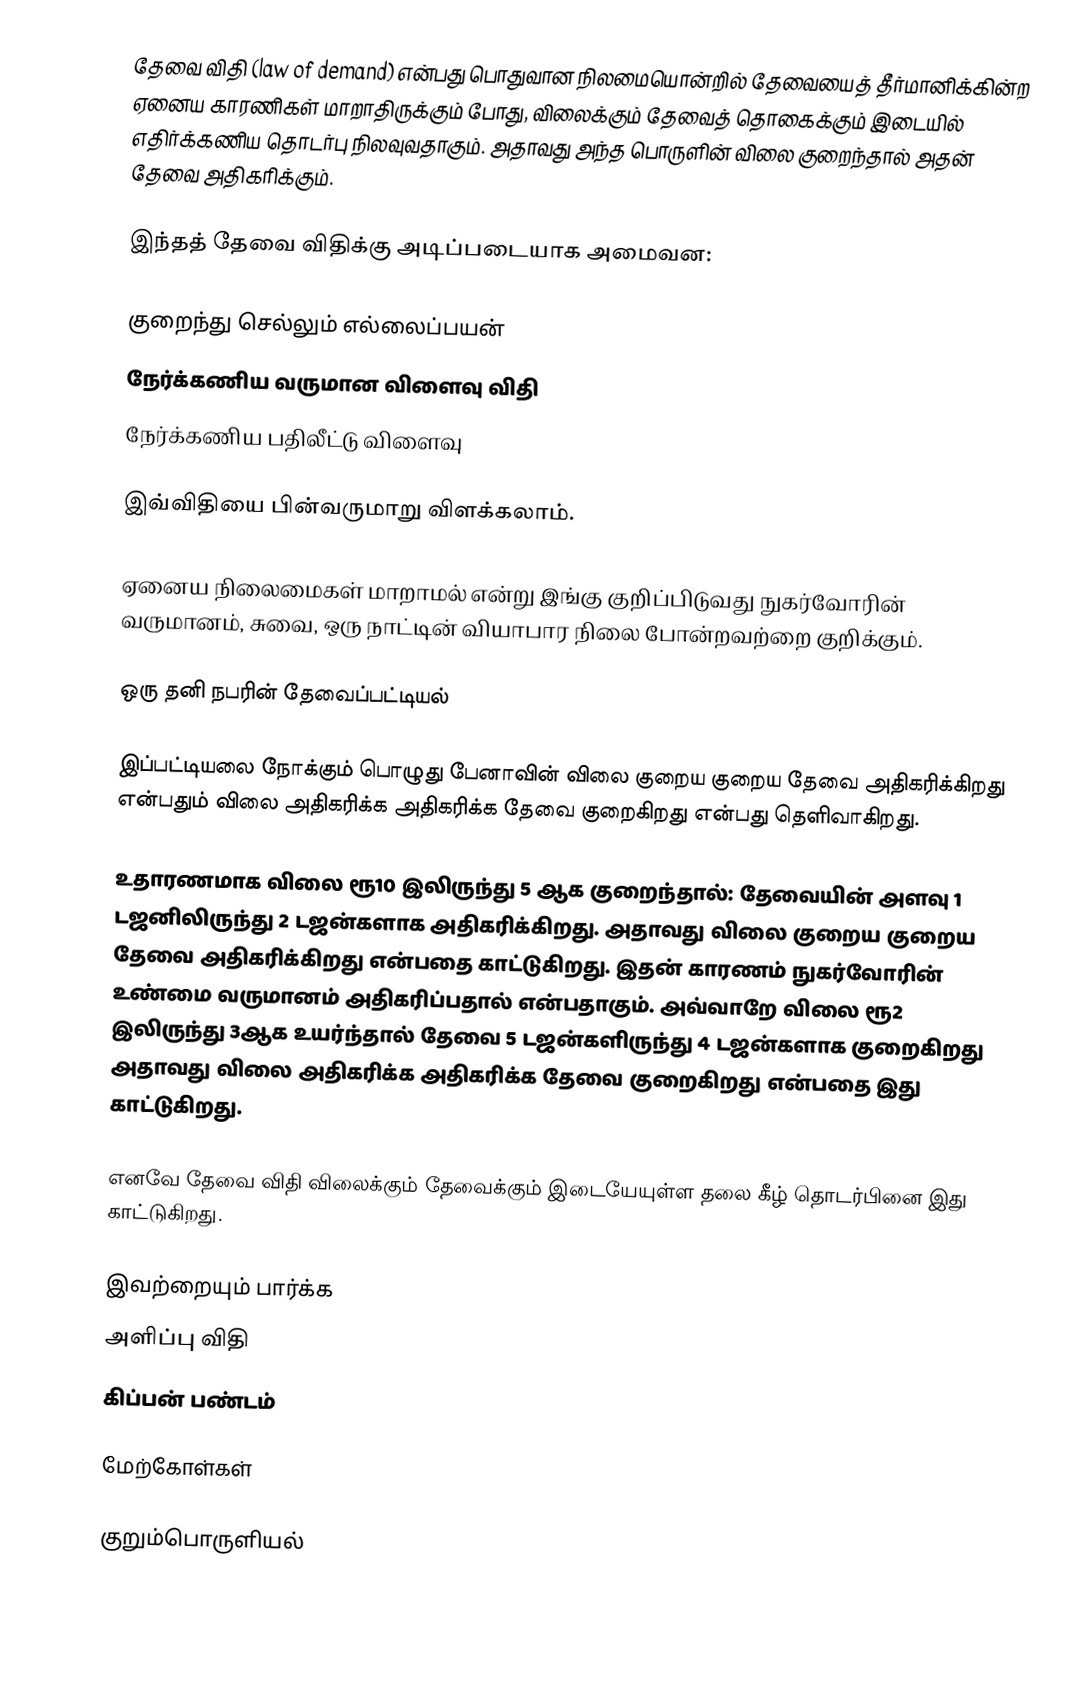
தேவை விதி (law of demand) என்பது பொதுவான நிலமையொன்றில் தேவையைத் தீர்மானிக்கின்ற ஏனைய காரணிகள் மாறாதிருக்கும் போது, விலைக்கும் தேவைத் தொகைக்கும் இடையில் எதிர்க்கணிய தொடர்பு நிலவுவதாகும். அதாவது அந்த பொருளின் விலை குறைந்தால் அதன் தேவை அதிகரிக்கும்.

இந்தத் தேவை விதிக்கு அடிப்படையாக அமைவன:

 குறைந்து செல்லும் எல்லைப்பயன்
 நேர்க்கணிய வருமான விளைவு விதி
 நேர்க்கணிய பதிலீட்டு விளைவு

இவ்விதியை பின்வருமாறு விளக்கலாம்.

ஏனைய நிலைமைகள் மாறாமல் என்று இங்கு குறிப்பிடுவது நுகர்வோரின் வருமானம், சுவை, ஒரு நாட்டின் வியாபார நிலை போன்றவற்றை குறிக்கும்.

ஒரு தனி நபரின் தேவைப்பட்டியல்

இப்பட்டியலை நோக்கும் பொழுது பேனாவின் விலை குறைய குறைய தேவை அதிகரிக்கிறது என்பதும் விலை அதிகரிக்க அதிகரிக்க தேவை குறைகிறது என்பது தெளிவாகிறது.

உதாரணமாக விலை ரூ10 இலிருந்து 5 ஆக குறைந்தால்: தேவையின் அளவு 1 டஜனிலிருந்து 2 டஜன்களாக அதிகரிக்கிறது. அதாவது விலை குறைய குறைய தேவை அதிகரிக்கிறது என்பதை காட்டுகிறது. இதன் காரணம் நுகர்வோரின் உண்மை வருமானம் அதிகரிப்பதால் என்பதாகும். அவ்வாறே விலை ரூ2 இலிருந்து 3ஆக உயர்ந்தால் தேவை 5 டஜன்களிருந்து 4 டஜன்களாக குறைகிறது அதாவது விலை அதிகரிக்க அதிகரிக்க தேவை குறைகிறது என்பதை இது காட்டுகிறது.

எனவே தேவை விதி விலைக்கும் தேவைக்கும் இடையேயுள்ள தலை கீழ் தொடர்பினை இது காட்டுகிறது.

இவற்றையும் பார்க்க
 அளிப்பு விதி
 கிப்பன் பண்டம்

மேற்கோள்கள்

குறும்பொருளியல்